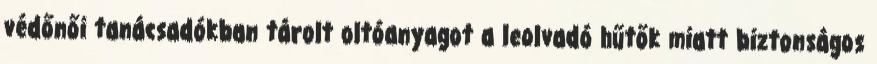
védőnői tanácsadókban tárolt oltóanyagot a leolvadó hűtők miatt biztonságos